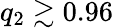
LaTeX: q_{2}\gtrsim 0.96